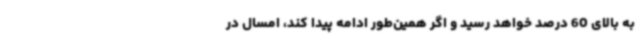
به بالای 60 درصد خواهد رسید و اگر همین‌طور ادامه پیدا کند، امسال در